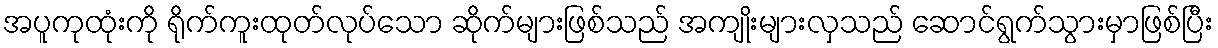
အပူကုထုံးကို ရိုက်ကူးထုတ်လုပ်သော ဆိုက်များဖြစ်သည် အကျိုးများလှသည် ဆောင်ရွက်သွားမှာဖြစ်ပြီး